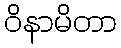
ဝိနာမိတာ